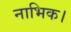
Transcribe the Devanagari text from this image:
नाभिक।